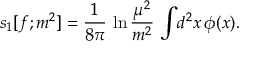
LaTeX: s _ { 1 } [ f ; m ^ { 2 } ] = { \frac { 1 } { 8 \pi } } \, \ln { \frac { \mu ^ { 2 } } { m ^ { 2 } } } \, \int \! d ^ { 2 } x \, \phi ( x ) .